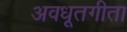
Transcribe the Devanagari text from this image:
अवधूतगीता